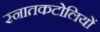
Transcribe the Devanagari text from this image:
स्नातकटोलियों